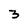
Character: 3